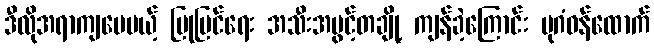
ဒီလိုအရာကျပေမယ့် ပြုပြင်ရေး အသီးအပွင့်တချို့ ကျန်ခဲ့ကြောင်း ပုဂံဝန်ထောက်